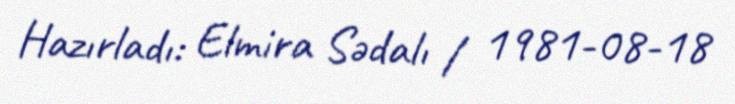
Hazırladı: Elmira Sədalı / 1981-08-18